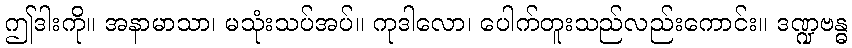
ဤဒါးကို။ အနာမာသာ၊ မသုံးသပ်အပ်။ ကုဒါလော၊ ပေါက်တူးသည်လည်းကောင်း။ ဒဏ္ဍဗန္ဓ